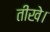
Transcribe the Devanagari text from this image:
तीखे।